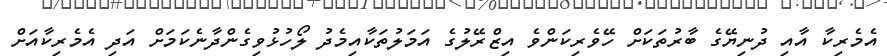
އެމެރިކާ އާއި ދުނިޔޭގެ ބާރުތަކަށް ހޭވެރިކަންވެ އިޒްރޭލުގެ އަމަލުތަކާއިމެދު ލޯހުޅުވިގެންދާނެކަމަށް އަދި އެމެރިކާއަށް